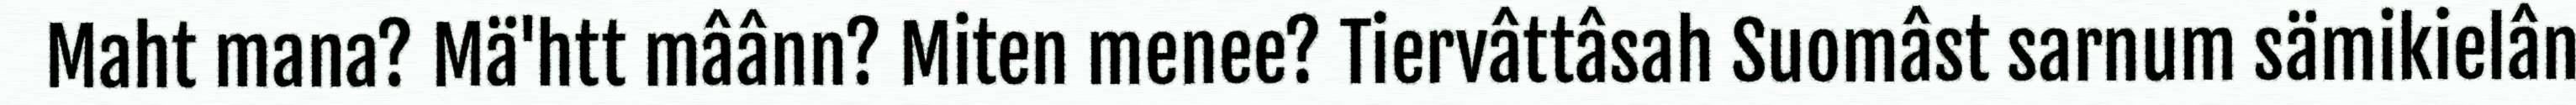
Maht mana? Mä'htt mâânn? Miten menee? Tiervâttâsah Suomâst sarnum sämikielân